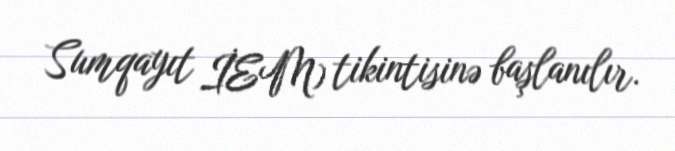
Sumqayıt İEM) tikintisinə başlanılır.